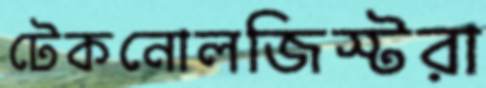
টেকনোলজিস্টরা